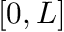
[ 0 , L ]